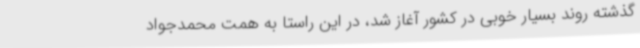
گذشته روند بسیار خوبی در کشور آغاز شد، در این راستا به همت محمدجواد